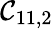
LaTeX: \mathcal{C}_{11,2}